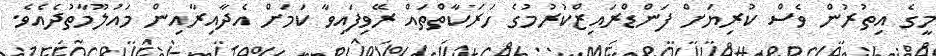
މީގެ އިތުރުން ވެސް ކުރިޔަށް ފަންޑްރައިޒްކުރުމުގެ ހަރަކާތްތައް ރޭވިފައިވާ ކަމަށް އެދާއިރާއިން މައުލޫމާތުދެއެވެ.